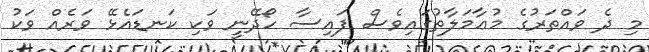
މި ދެ ވައްތަރުގެ މުޢާމަލާތުގައިވެސް ފައިސާ ހޯދޭނީ ވަކި ކަނޑައެޅޭ ވަރެއް ވަކު